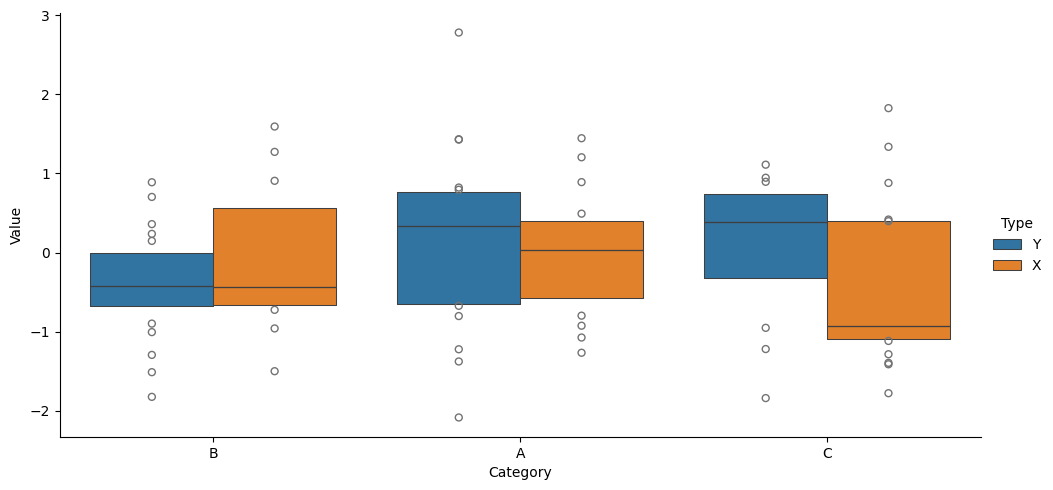
python, seaborn, catplot, kind='boxen', height=5, aspect=2